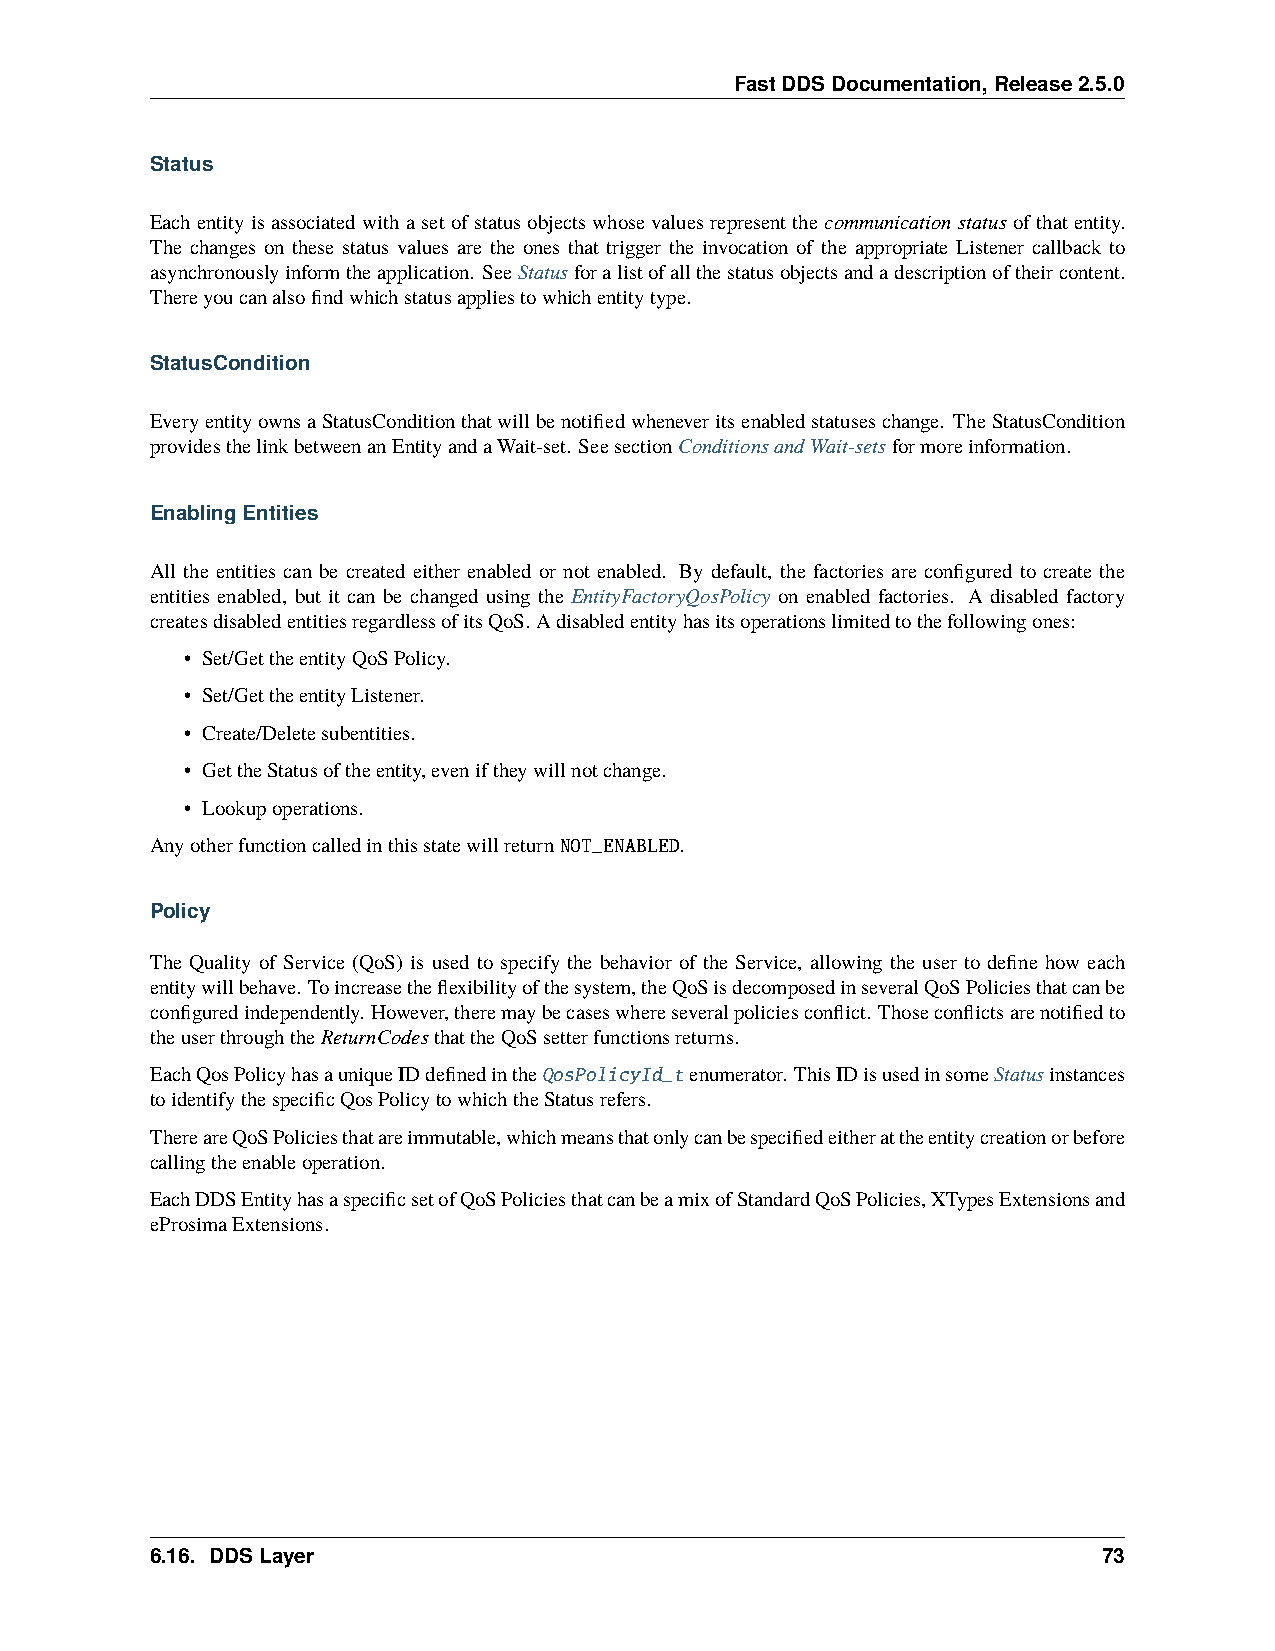
FastDDSDocumentation,Release2.5.0
 Status
 Eachentityis associatedwithasetofstatus objectswhosevaluesrepresentthe communicationstatus ofthatentity.
 The changes on these status values are the ones that trigger the invocation of the appropriate Listener callback to
 asynchronouslyinformtheapplication. SeeStatusforalistofallthestatusobjectsandadescriptionoftheircontent.
 Thereyoucanalsofindwhichstatusappliestowhichentitytype.
 StatusCondition
 EveryentityownsaStatusConditionthatwillbenotifiedwheneveritsenabledstatuseschange. TheStatusCondition
 providesthelinkbetweenanEntityandaWait-set. SeesectionConditionsandWait-setsformoreinformation.
 EnablingEntities
 All the entities can be created either enabled or not enabled. By default, the factories are configured to create the
 entities enabled, but it can be changed using the EntityFactoryQosPolicy on enabled factories. A disabled factory
 createsdisabledentitiesregardlessofitsQoS.Adisabledentityhasitsoperationslimitedtothefollowingones:
 • Set/GettheentityQoSPolicy.
 • Set/GettheentityListener.
 • Create/Deletesubentities.
 • GettheStatusoftheentity,eveniftheywillnotchange.
 • Lookupoperations.
 AnyotherfunctioncalledinthisstatewillreturnNOT_ENABLED.
 Policy
 The Quality of Service (QoS) is used to specify the behavior of the Service, allowing the user to define how each
 entitywillbehave. Toincreasetheflexibilityofthesystem,theQoSisdecomposedinseveralQoSPoliciesthatcanbe
 configuredindependently. However,theremaybecaseswhereseveralpoliciesconflict. Thoseconflictsarenotifiedto
 theuserthroughtheReturnCodesthattheQoSsetterfunctionsreturns.
 EachQosPolicyhasauniqueIDdefinedintheQosPolicyId_tenumerator. ThisIDisusedinsomeStatusinstances
 toidentifythespecificQosPolicytowhichtheStatusrefers.
 ThereareQoSPoliciesthatareimmutable,whichmeansthatonlycanbespecifiedeitherattheentitycreationorbefore
 callingtheenableoperation.
 EachDDSEntityhasaspecificsetofQoSPoliciesthatcanbeamixofStandardQoSPolicies,XTypesExtensionsand
 eProsimaExtensions.
 6.16. DDSLayer                                                 73